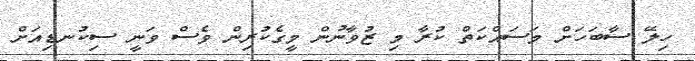
ހިލޭ ސާބަހަށް މަސައްކަތް ކުރާ މި ޒުވާނުން މީގެކުރިން ވެސް ވަނީ ސިކުނޑިއަށް